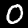
Digit: 0